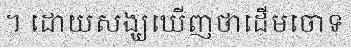
។ ដោយសង្ឃឃើញថាដើមចោទ